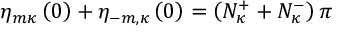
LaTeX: \eta _ { m \kappa } \left( 0 \right) + \eta _ { - m , \kappa } \left( 0 \right) = \left( N _ { \kappa } ^ { + } + N _ { \kappa } ^ { - } \right) \pi